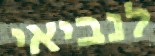
לנביאי